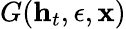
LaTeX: G(\mathbf{h}_{t},\epsilon,\mathbf{x})